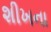
શીખના